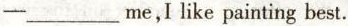
—___me,I like painting best.